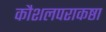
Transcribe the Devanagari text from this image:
कौशलपराकष्ठा